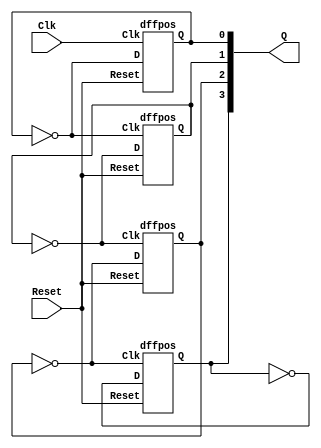
module counterasync4b(Clk, Reset, Q);
input Clk, Reset;
output [3:0]Q;

dffpos d1(~Q[0], Clk, Reset, Q[0]);
dffpos d2(~Q[1], ~Q[0], Reset, Q[1]);
dffpos d3(~Q[2], ~Q[1], Reset, Q[2]);
dffpos d4(~Q[3], ~Q[2], Reset, Q[3]);

endmodule


module dffpos(D, Clk, Reset, Q);
input D, Clk, Reset;
output reg Q;
always@(posedge Reset or posedge Clk)
	if(Reset)
		Q <= 0;
	else if(Clk)
		Q <= D;
endmodule